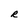
Character: R